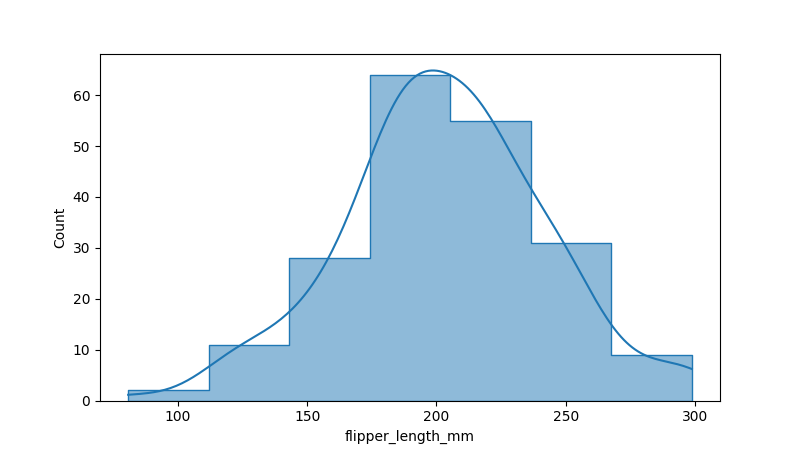
python, seaborn, histplot, hue='all', binwidth=30, bins='10', element='step'